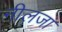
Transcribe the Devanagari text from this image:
नीलजा